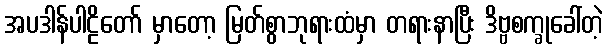
အပဒါန်ပါဠိတော် မှာတော့ မြတ်စွာဘုရားထံမှာ တရားနာပြီး ဒိဗ္ဗစက္ခုခေါ်တဲ့